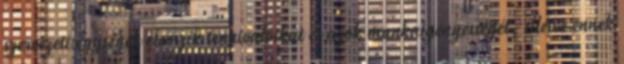
szervezeti egységek elemzik tennivalóikat és azok munkaigényességét, illetve ennek